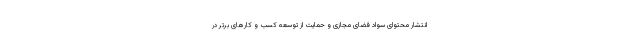
انتشار محتوای سواد فضای مجازی و حمایت از توسعه کسب و کارهای برتر در